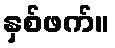
နှစ်ဖက်။